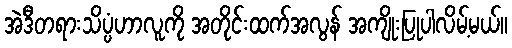
အဲဒီတရားသိပ္ပံဟာလူကို အတိုင်းထက်အလွန် အကျိုးပြုပါလိမ့်မယ်။